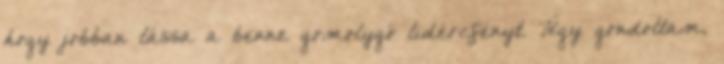
hogy jobban lássa a benne gomolygó lidércfényt. Úgy gondoltam,